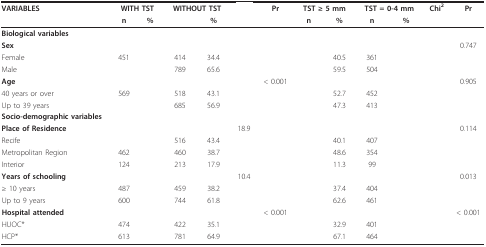
<table><thead><tr><td><b>VARIABLES</b></td><td colspan="2"><b>WITH TST</b></td><td colspan="2"><b>WITHOUT TST</b></td><td>[EMPTY_CELL]</td><td><b>Pr</b></td><td colspan="2"><b>TST ≥ 5 mm</b></td><td colspan="2"><b>TST = 0-4 mm</b></td><td><b>Chi<sup>2</sup></b></td><td><b>Pr</b></td></tr><tr><td>[EMPTY_CELL]</td><td><b>n</b></td><td><b>%</b></td><td>[EMPTY_CELL]</td><td><b>%</b></td><td>[EMPTY_CELL]</td><td>[EMPTY_CELL]</td><td><b>n</b></td><td><b>%</b></td><td><b>n</b></td><td><b>%</b></td><td>[EMPTY_CELL]</td><td>[EMPTY_CELL]</td></tr></thead><tbody><tr><td><b>Biological variables</b></td><td>[EMPTY_CELL]</td><td>[EMPTY_CELL]</td><td>[EMPTY_CELL]</td><td>[EMPTY_CELL]</td><td>[EMPTY_CELL]</td><td>[EMPTY_CELL]</td><td>[EMPTY_CELL]</td><td>[EMPTY_CELL]</td><td>[EMPTY_CELL]</td><td>[EMPTY_CELL]</td><td>[EMPTY_CELL]</td><td>[EMPTY_CELL]</td></tr><tr><td><b>Sex</b></td><td>[EMPTY_CELL]</td><td>[EMPTY_CELL]</td><td>[EMPTY_CELL]</td><td>[EMPTY_CELL]</td><td>[EMPTY_CELL]</td><td>[EMPTY_CELL]</td><td>[EMPTY_CELL]</td><td>[EMPTY_CELL]</td><td>[EMPTY_CELL]</td><td>[EMPTY_CELL]</td><td>[EMPTY_CELL]</td><td>0.747</td></tr><tr><td>Female</td><td>451</td><td>[EMPTY_CELL]</td><td>414</td><td>34.4</td><td>[EMPTY_CELL]</td><td>[EMPTY_CELL]</td><td>[EMPTY_CELL]</td><td>40.5</td><td>361</td><td>[EMPTY_CELL]</td><td>[EMPTY_CELL]</td><td>[EMPTY_CELL]</td></tr><tr><td>Male</td><td>[EMPTY_CELL]</td><td>[EMPTY_CELL]</td><td>789</td><td>65.6</td><td>[EMPTY_CELL]</td><td>[EMPTY_CELL]</td><td>[EMPTY_CELL]</td><td>59.5</td><td>504</td><td>[EMPTY_CELL]</td><td>[EMPTY_CELL]</td><td>[EMPTY_CELL]</td></tr><tr><td><b>Age</b></td><td>[EMPTY_CELL]</td><td>[EMPTY_CELL]</td><td>[EMPTY_CELL]</td><td>[EMPTY_CELL]</td><td>[EMPTY_CELL]</td><td>&lt; 0.001</td><td>[EMPTY_CELL]</td><td>[EMPTY_CELL]</td><td>[EMPTY_CELL]</td><td>[EMPTY_CELL]</td><td>[EMPTY_CELL]</td><td>0.905</td></tr><tr><td>40 years or over</td><td>569</td><td>[EMPTY_CELL]</td><td>518</td><td>43.1</td><td>[EMPTY_CELL]</td><td>[EMPTY_CELL]</td><td>[EMPTY_CELL]</td><td>52.7</td><td>452</td><td>[EMPTY_CELL]</td><td>[EMPTY_CELL]</td><td>[EMPTY_CELL]</td></tr><tr><td>Up to 39 years</td><td>[EMPTY_CELL]</td><td>[EMPTY_CELL]</td><td>685</td><td>56.9</td><td>[EMPTY_CELL]</td><td>[EMPTY_CELL]</td><td>[EMPTY_CELL]</td><td>47.3</td><td>413</td><td>[EMPTY_CELL]</td><td>[EMPTY_CELL]</td><td>[EMPTY_CELL]</td></tr><tr><td><b>Socio-demographic variables</b></td><td>[EMPTY_CELL]</td><td>[EMPTY_CELL]</td><td>[EMPTY_CELL]</td><td>[EMPTY_CELL]</td><td>[EMPTY_CELL]</td><td>[EMPTY_CELL]</td><td>[EMPTY_CELL]</td><td>[EMPTY_CELL]</td><td>[EMPTY_CELL]</td><td>[EMPTY_CELL]</td><td>[EMPTY_CELL]</td><td>[EMPTY_CELL]</td></tr><tr><td><b>Place of Residence</b></td><td>[EMPTY_CELL]</td><td>[EMPTY_CELL]</td><td>[EMPTY_CELL]</td><td>[EMPTY_CELL]</td><td>18.9</td><td>[EMPTY_CELL]</td><td>[EMPTY_CELL]</td><td>[EMPTY_CELL]</td><td>[EMPTY_CELL]</td><td>[EMPTY_CELL]</td><td>[EMPTY_CELL]</td><td>0.114</td></tr><tr><td>Recife</td><td>[EMPTY_CELL]</td><td>[EMPTY_CELL]</td><td>516</td><td>43.4</td><td>[EMPTY_CELL]</td><td>[EMPTY_CELL]</td><td>[EMPTY_CELL]</td><td>40.1</td><td>407</td><td>[EMPTY_CELL]</td><td>[EMPTY_CELL]</td><td>[EMPTY_CELL]</td></tr><tr><td>Metropolitan Region</td><td>462</td><td>[EMPTY_CELL]</td><td>460</td><td>38.7</td><td>[EMPTY_CELL]</td><td>[EMPTY_CELL]</td><td>[EMPTY_CELL]</td><td>48.6</td><td>354</td><td>[EMPTY_CELL]</td><td>[EMPTY_CELL]</td><td>[EMPTY_CELL]</td></tr><tr><td>Interior</td><td>124</td><td>[EMPTY_CELL]</td><td>213</td><td>17.9</td><td>[EMPTY_CELL]</td><td>[EMPTY_CELL]</td><td>[EMPTY_CELL]</td><td>11.3</td><td>99</td><td>[EMPTY_CELL]</td><td>[EMPTY_CELL]</td><td>[EMPTY_CELL]</td></tr><tr><td><b>Years of schooling</b></td><td>[EMPTY_CELL]</td><td>[EMPTY_CELL]</td><td>[EMPTY_CELL]</td><td>[EMPTY_CELL]</td><td>10.4</td><td>[EMPTY_CELL]</td><td>[EMPTY_CELL]</td><td>[EMPTY_CELL]</td><td>[EMPTY_CELL]</td><td>[EMPTY_CELL]</td><td>[EMPTY_CELL]</td><td>0.013</td></tr><tr><td>≥ 10 years</td><td>487</td><td>[EMPTY_CELL]</td><td>459</td><td>38.2</td><td>[EMPTY_CELL]</td><td>[EMPTY_CELL]</td><td>[EMPTY_CELL]</td><td>37.4</td><td>404</td><td>[EMPTY_CELL]</td><td>[EMPTY_CELL]</td><td>[EMPTY_CELL]</td></tr><tr><td>Up to 9 years</td><td>600</td><td>[EMPTY_CELL]</td><td>744</td><td>61.8</td><td>[EMPTY_CELL]</td><td>[EMPTY_CELL]</td><td>[EMPTY_CELL]</td><td>62.6</td><td>461</td><td>[EMPTY_CELL]</td><td>[EMPTY_CELL]</td><td>[EMPTY_CELL]</td></tr><tr><td><b>Hospital attended</b></td><td>[EMPTY_CELL]</td><td>[EMPTY_CELL]</td><td>[EMPTY_CELL]</td><td>[EMPTY_CELL]</td><td>[EMPTY_CELL]</td><td>&lt; 0.001</td><td>[EMPTY_CELL]</td><td>[EMPTY_CELL]</td><td>[EMPTY_CELL]</td><td>[EMPTY_CELL]</td><td>[EMPTY_CELL]</td><td>&lt; 0.001</td></tr><tr><td>HUOC*</td><td>474</td><td>[EMPTY_CELL]</td><td>422</td><td>35.1</td><td>[EMPTY_CELL]</td><td>[EMPTY_CELL]</td><td>[EMPTY_CELL]</td><td>32.9</td><td>401</td><td>[EMPTY_CELL]</td><td>[EMPTY_CELL]</td><td>[EMPTY_CELL]</td></tr><tr><td>HCP*</td><td>613</td><td>[EMPTY_CELL]</td><td>781</td><td>64.9</td><td>[EMPTY_CELL]</td><td>[EMPTY_CELL]</td><td>[EMPTY_CELL]</td><td>67.1</td><td>464</td><td>[EMPTY_CELL]</td><td>[EMPTY_CELL]</td><td>[EMPTY_CELL]</td></tr></tbody></table>